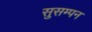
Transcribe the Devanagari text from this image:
सुसम्पन